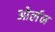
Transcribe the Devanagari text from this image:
ओर्लन